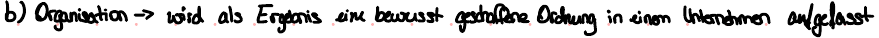
b) Organisation -> wird als Ergebnis eine bewusst geschaffene Ordnung in einem Unternehmen aufgefasst